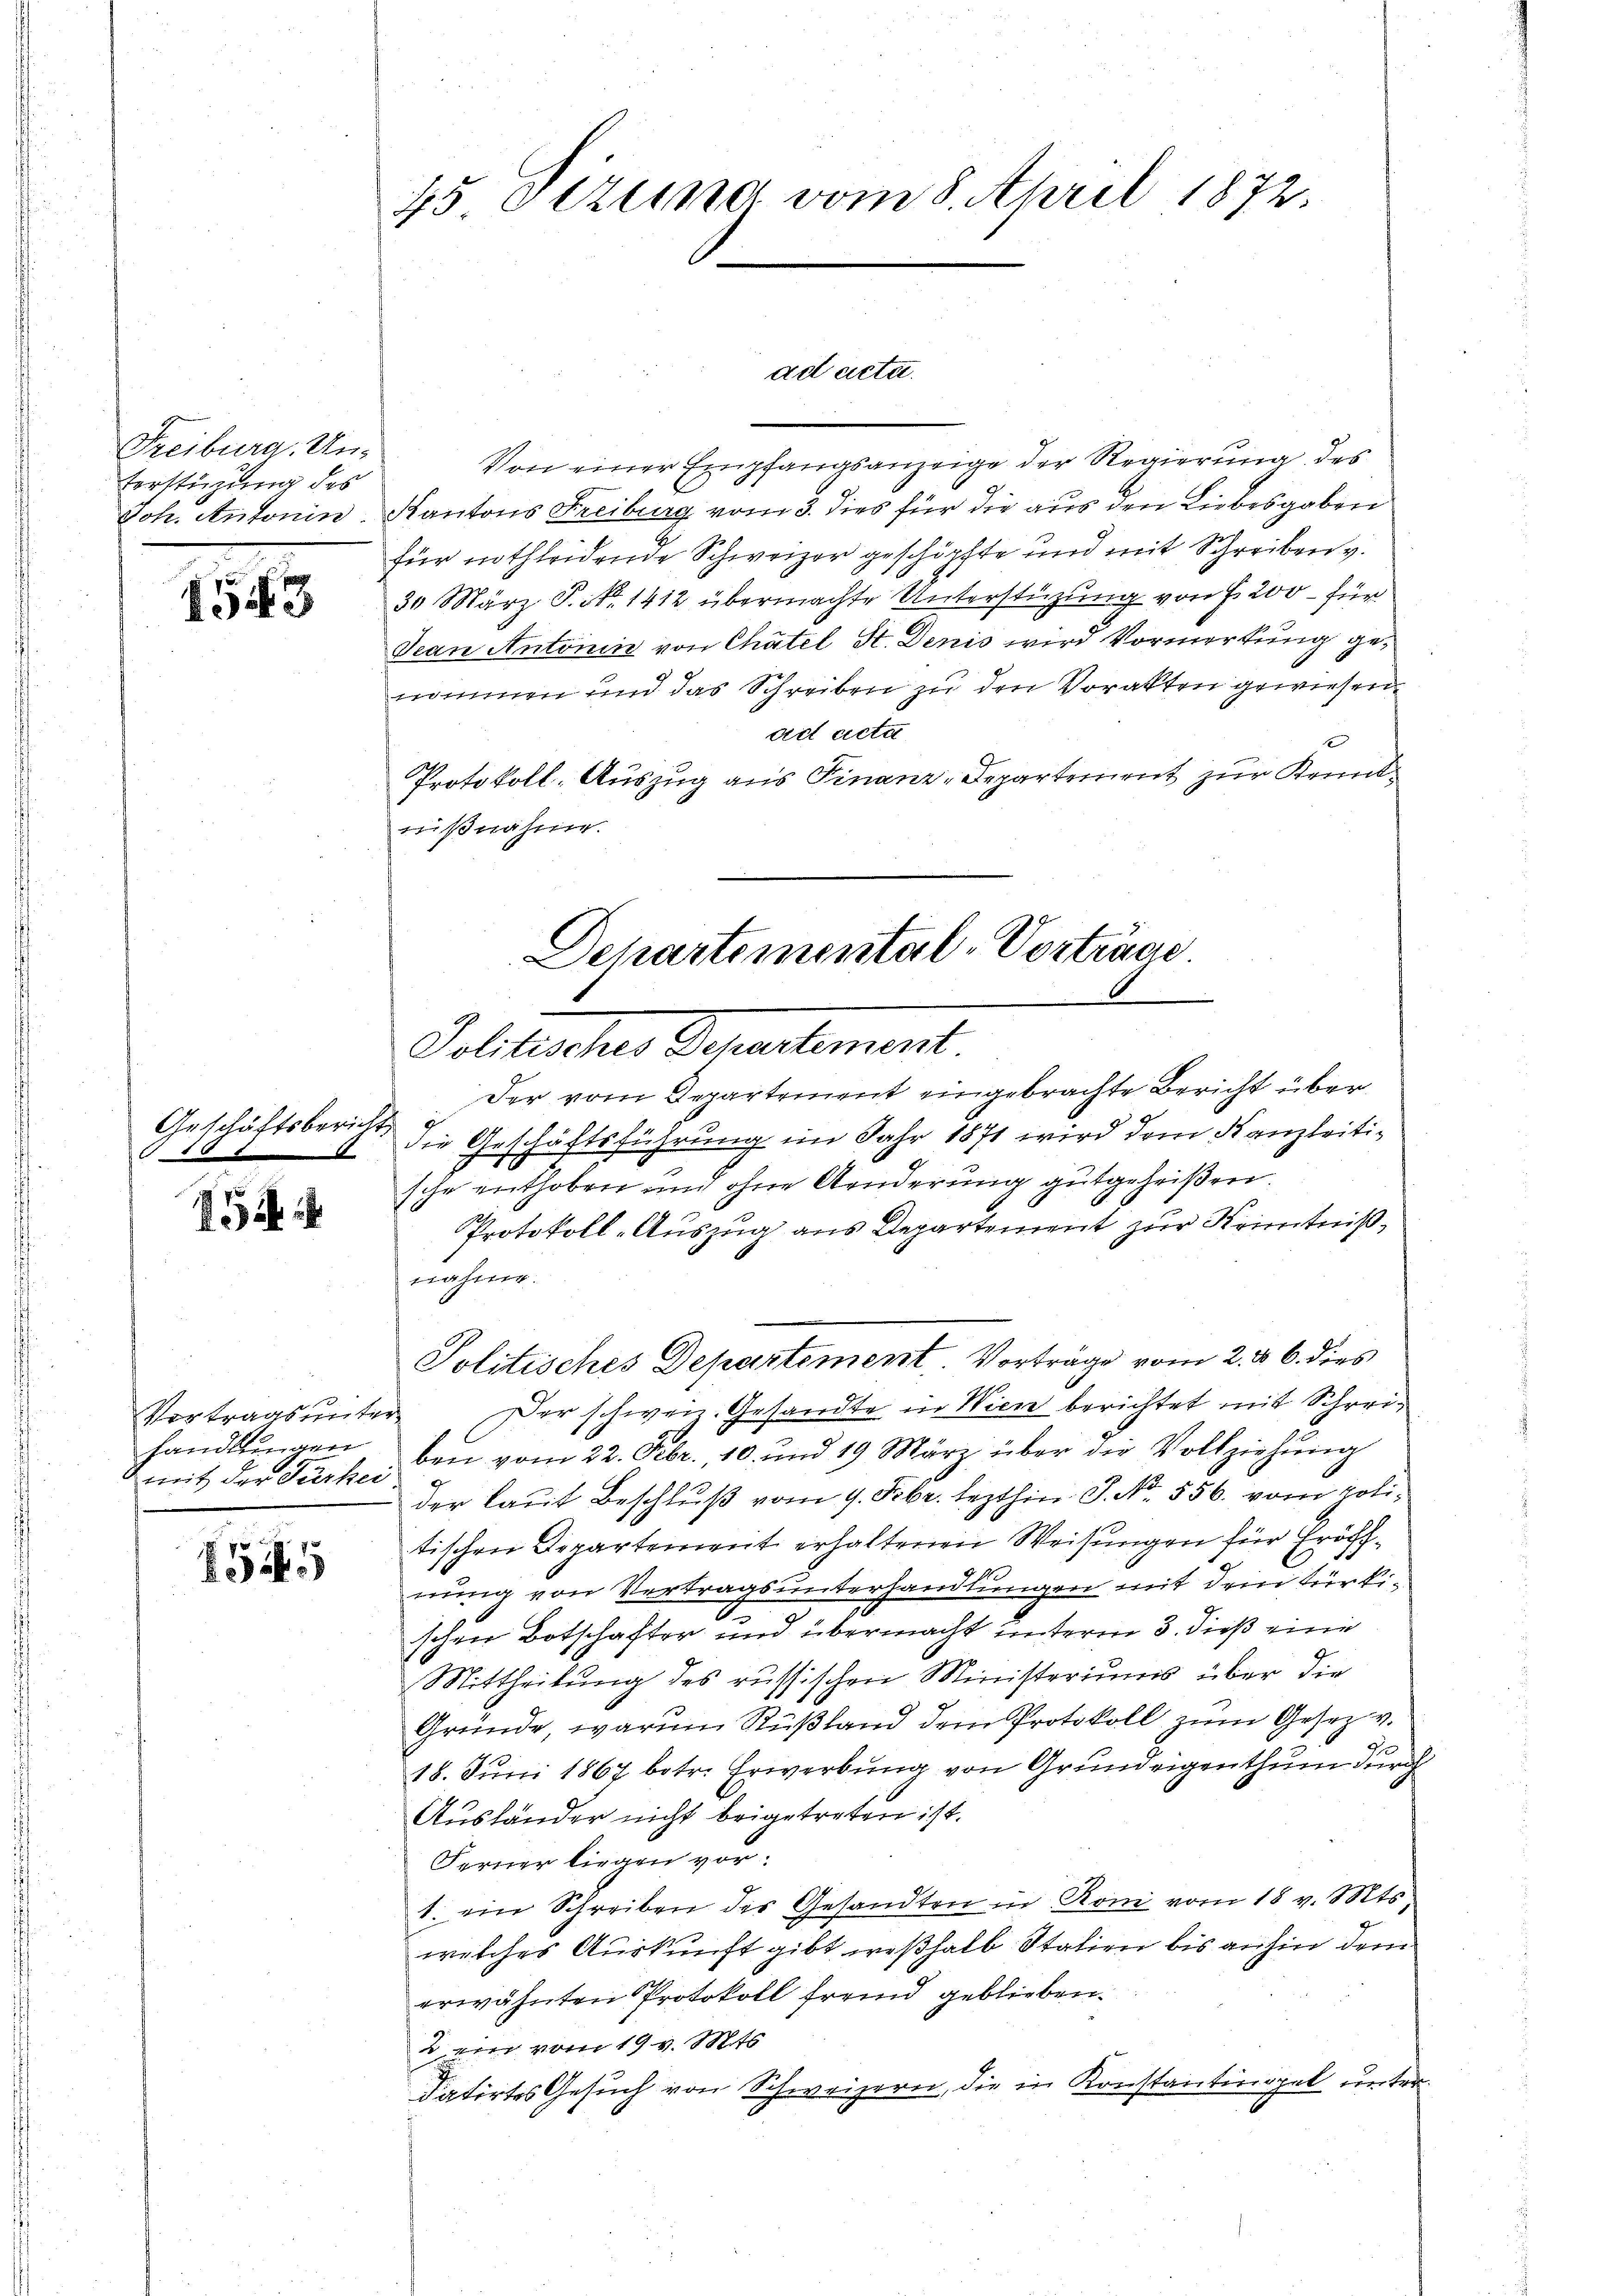
Freiburg, Un¬
Vorstüzung des
Joh. Antonin.

143

Geschäftsbericht
.

144

1
Vortragsunter
handlungen
mit der Türkei

1545

45 Sitzung vom 8. April 1872.

ad acta.

Departemental-Vortrage
Gelleicher Separtement
Der vom Departement eingebrachte Bericht über¬

Von einer Empfangsanzeige der Regierung des
Kantons Freiburg vom 3. dies für die aus den Liebesgaben
für nothleidende Schweizer geschöpfte und mit Schreiben v.
30 März P. Nr. 1412 übermachte Unterstützung von S. 200 – für
Jean Antonii von Chatel St. Denis wird Vormerkung genommen und das Schreiben zu den Vorakten gewiesen.
ad acta
Protokoll, Auszug aus Finanz-Departement zur Kenntnißnahme.
die Geschäftsführung im Jahr 1871 wird dem Kanzleitische enthoben und ohne Aenderung gutgeheißen.
Protokoll-Auszug aus Departement zur Kenntniß,
rähte.
Politisches Departement Vorträge vom 2. d. 6. dies
Der schweiz. Gesandte in Wien berichtet mit Schreiben vom 22. Febr. 10. und 19 März über die Vollziehŭng
der laut Beschluß vom 9. Febr. lezthin J. No. 556. vom politischen Departement erhaltenen Weisungen für Eröff¬
9
nung von Vertrags unterhandlungen mit dem türki
schen Botschafter und übermacht unterm 3. dieß eine
Mittheilung des russischen Ministeriums über die
Gründe, warum Rußland dem Protokoll zum Gesetz v.
18. Juni 1867 betr. Erwerbung von Grundeigenthum durch
Ausländer nicht beigetreten ist.
Ferner liegen vor.
1. ein Schreiben des Gesandten in Rom vom 18 v. Mts.
welches Auskunft gibt, weßhalb Stalien bis anhin dem
erwähnten Protokoll fremd geblieben.
2 ein vom 19. v. Mts.
datirtes Gesuch von Schweizern, die in Konstantinopel unter